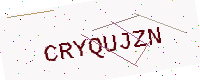
Text: CRYQUJZN